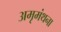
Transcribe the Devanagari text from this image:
अमृमंथना